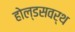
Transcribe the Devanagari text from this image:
होल्डसवर्थ